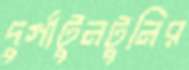
দুর্গাটুনটুনির